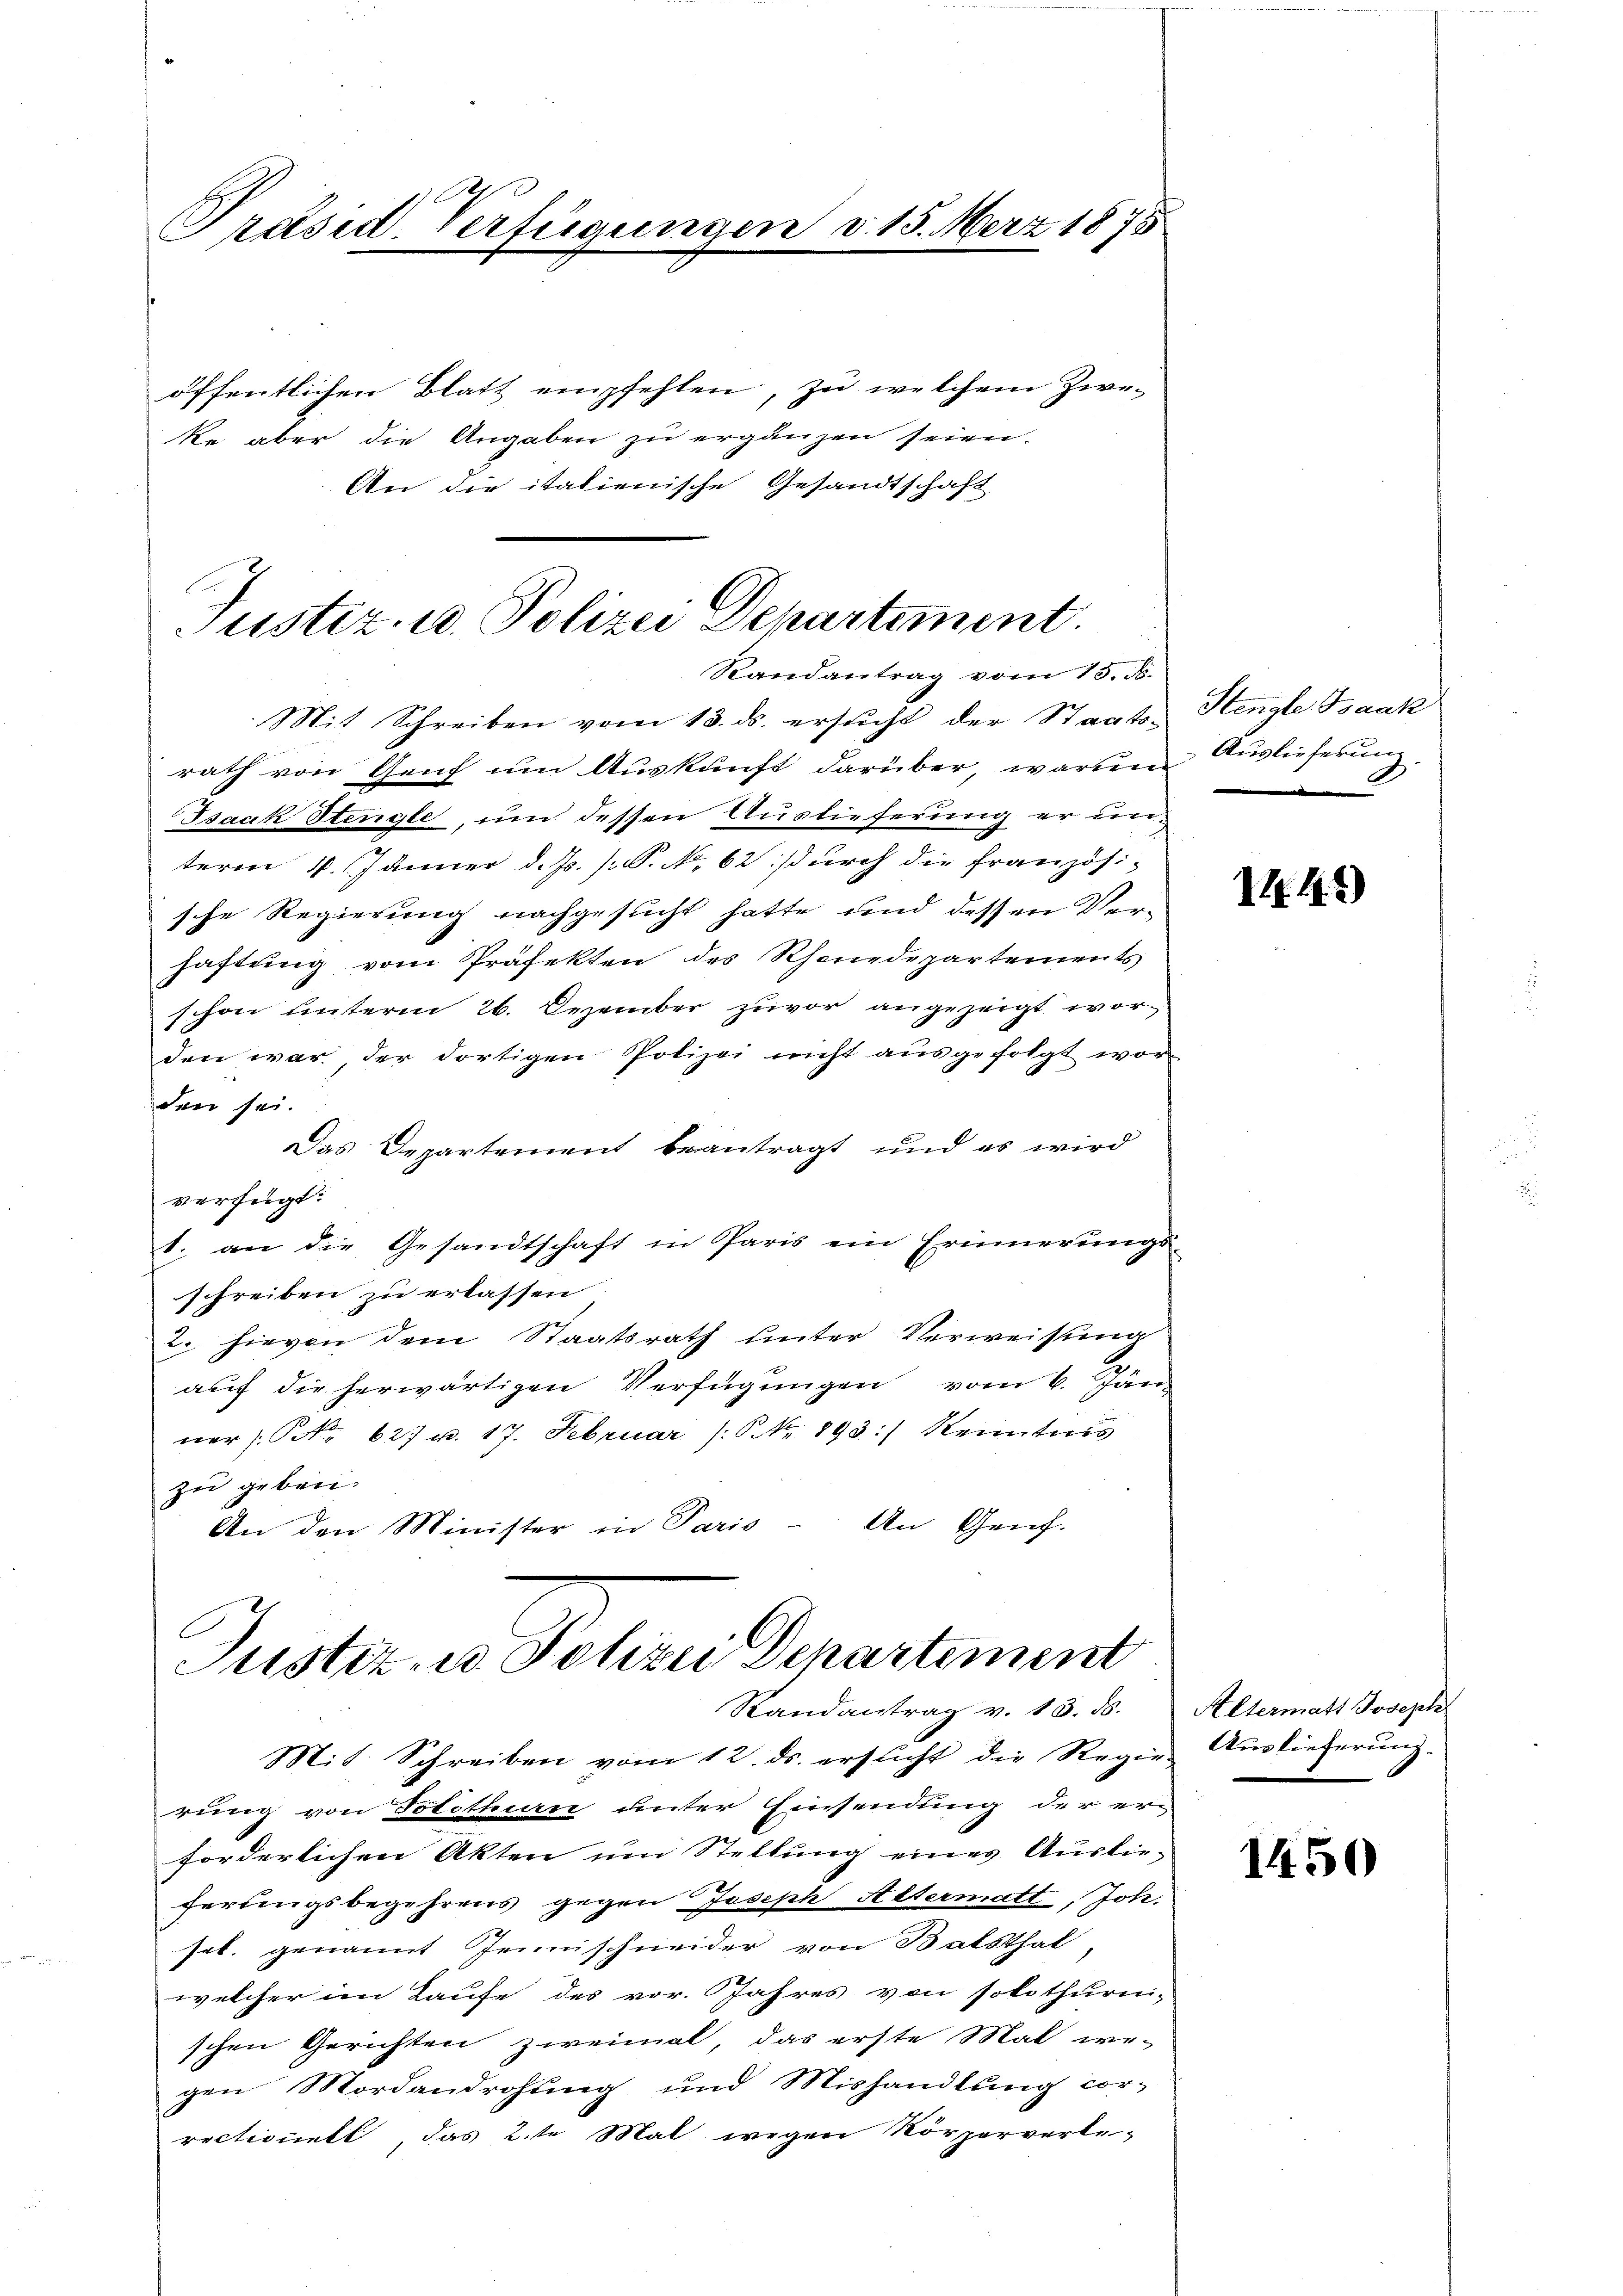
Präsid. Verfügungen v. 15. März 1875
öffentlichen Blatt empfehlen, zu welchem Zweke aber die Angaben zu ergänzen seien.

An die italienische Gesandtschaft

E
Justiz- u. Polizei Departement.
Randantrag vom 15. d.

Mit Schreiben vom 13. ds. ersŭcht der Staats-Hengle Isaak
rath von Genf um Auskunft darüber, warum Auslieferung.
Isaak Stengle, um dessen Auslieferung er unterm 4. Jänner d. Js. [S. N. 62 durch die Französi-
sche Regierung nachgesucht hatte und dessen Verhaftung vom Präfekten des Rhonedepartements
schon unterm 26. Dezember zuvor angezeigt worden war, der dortigen Polizei nicht ausgefolgt wor-
den sei.
Das Departement beantragt und es wird
verfügt:
t. an die Gesandtschaft in Paris ein Erinnerungs-
schreiben zu erlassen
2. hievon dem Staatsrath unter Verweisung
auf die herwärtigen Verfügungen vom 6. Jän
ner Nr. 627 u. 17. Februar (Nr. 893:) Kenntnis
zu geben.
An Genf.
An den Minister in Paris

Justiz, es Polizei Departement
Randantrag v. 13. ds.

Mit Schreiben vom 12. ds. ersŭcht die Regie Auslieferŭng.
rung von Totitian unter Einsendung der er-
forderlichen Akten um Stellung eines Auslieferungsbegehrens gegen Joseph Altermatt, Joh.
sel. genannt Jennischneider von Balsthal
welcher im Laufe des vor. Jahres von solothurni-
schen Gerichten zweimal, das erste Mal we-
gen Mordendrohung und Mishandlung cor-
rectionell das 2te Mal wegen Körperverle-

II.11)

Altermatt Joseph

1450